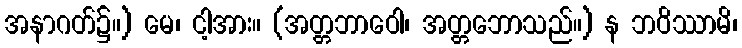
အနာဂတ်၌။) မေ၊ ငါ့အား။ (အတ္တဘာဝေါ၊ အတ္တဘောသည်။) န ဘဝိဿာမိ၊